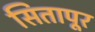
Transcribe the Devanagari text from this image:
सितापूर